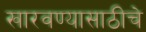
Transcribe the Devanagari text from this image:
खारवण्यासाठीचे